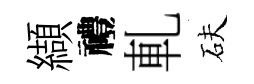
纈禮軋砆